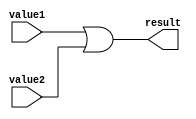
module orOp(value1, value2, result);

input [31:0] value1;
input [31:0] value2;
output [31:0] result;

assign result = value1 | value2;

endmodule